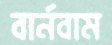
বার্নবাম